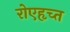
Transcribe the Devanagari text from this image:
रोएहृच्त